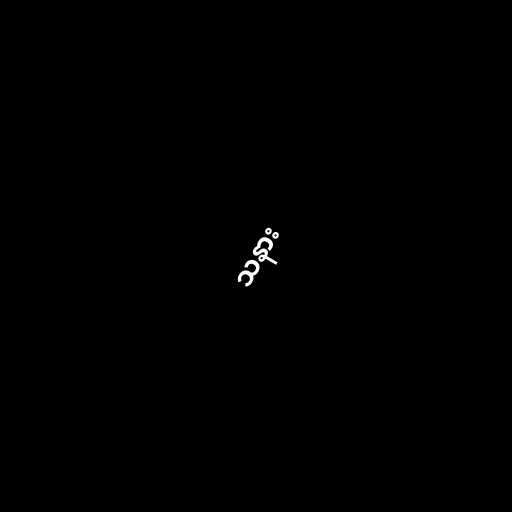
သနား